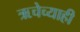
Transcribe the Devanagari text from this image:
ऋचेच्याही